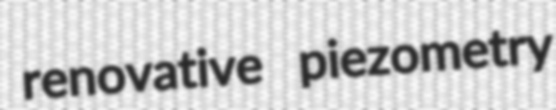
renovative piezometry